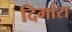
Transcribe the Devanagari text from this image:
दिगांरा